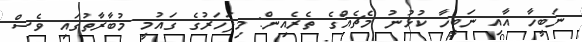
ނަބީހާ އާއި ނަބީހާ ކުޅުނު މެޗެއްގެ ތެރެއިން: މިފަހަރުގެ ގައުމީ މުބާރާތުގައި ވެސް